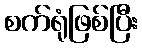
စက်ရုံဖြစ်ပြီး